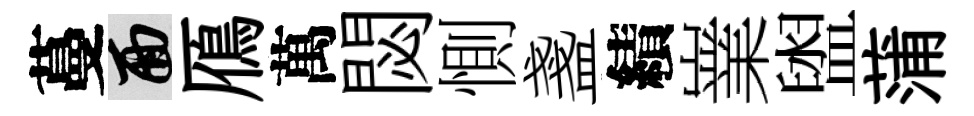
蔓面鴈萬閟惻盞績嶪盥蒲